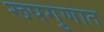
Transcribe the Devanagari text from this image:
रूपगुणात